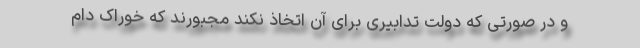
و در صورتی که دولت تدابیری برای آن اتخاذ نکند مجبورند که خوراک دام